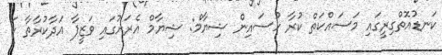
ކަނޑުއޮތްގިރީގައި މަސައްކަތް ކުރާ ހުސައިން ޝިޔާމް: ޝިޔާމް އެރަށުގައި ވަޒީފާ އަދާކުރާތާ ހަ